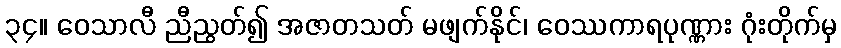
၃၄။ ဝေသာလီ ညီညွတ်၍ အဇာတသတ် မဖျက်နိုင်၊ ဝေဿကာရပုဏ္ဏား ဂုံးတိုက်မှ